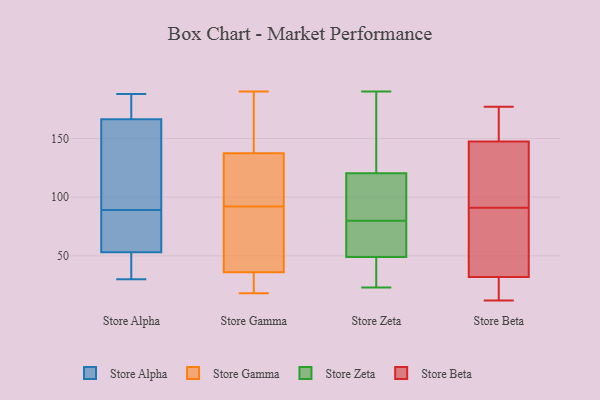
{"axis": {"x": "Humidity (%)", "y": "Value"}, "legend": ["Store Alpha", "Store Beta", "Store Gamma", "Store Zeta"], "data": [{"x": "", "y": 165, "type": "Store Alpha"}, {"x": "", "y": 64, "type": "Store Alpha"}, {"x": "", "y": 118, "type": "Store Alpha"}, {"x": "", "y": 188, "type": "Store Alpha"}, {"x": "", "y": 30, "type": "Store Alpha"}, {"x": "", "y": 187, "type": "Store Alpha"}, {"x": "", "y": 54, "type": "Store Alpha"}, {"x": "", "y": 90, "type": "Store Alpha"}, {"x": "", "y": 88, "type": "Store Alpha"}, {"x": "", "y": 168, "type": "Store Alpha"}, {"x": "", "y": 52, "type": "Store Alpha"}, {"x": "", "y": 44, "type": "Store Alpha"}, {"x": "", "y": 38, "type": "Store Gamma"}, {"x": "", "y": 111, "type": "Store Gamma"}, {"x": "", "y": 167, "type": "Store Gamma"}, {"x": "", "y": 109, "type": "Store Gamma"}, {"x": "", "y": 33, "type": "Store Gamma"}, {"x": "", "y": 190, "type": "Store Gamma"}, {"x": "", "y": 32, "type": "Store Gamma"}, {"x": "", "y": 36, "type": "Store Gamma"}, {"x": "", "y": 36, "type": "Store Gamma"}, {"x": "", "y": 140, "type": "Store Gamma"}, {"x": "", "y": 18, "type": "Store Gamma"}, {"x": "", "y": 124, "type": "Store Gamma"}, {"x": "", "y": 177, "type": "Store Gamma"}, {"x": "", "y": 83, "type": "Store Gamma"}, {"x": "", "y": 38, "type": "Store Gamma"}, {"x": "", "y": 150, "type": "Store Gamma"}, {"x": "", "y": 130, "type": "Store Gamma"}, {"x": "", "y": 92, "type": "Store Gamma"}, {"x": "", "y": 27, "type": "Store Gamma"}, {"x": "", "y": 23, "type": "Store Zeta"}, {"x": "", "y": 93, "type": "Store Zeta"}, {"x": "", "y": 70, "type": "Store Zeta"}, {"x": "", "y": 80, "type": "Store Zeta"}, {"x": "", "y": 87, "type": "Store Zeta"}, {"x": "", "y": 43, "type": "Store Zeta"}, {"x": "", "y": 64, "type": "Store Zeta"}, {"x": "", "y": 41, "type": "Store Zeta"}, {"x": "", "y": 190, "type": "Store Zeta"}, {"x": "", "y": 98, "type": "Store Zeta"}, {"x": "", "y": 101, "type": "Store Zeta"}, {"x": "", "y": 55, "type": "Store Zeta"}, {"x": "", "y": 80, "type": "Store Zeta"}, {"x": "", "y": 66, "type": "Store Zeta"}, {"x": "", "y": 170, "type": "Store Zeta"}, {"x": "", "y": 42, "type": "Store Zeta"}, {"x": "", "y": 165, "type": "Store Zeta"}, {"x": "", "y": 140, "type": "Store Zeta"}, {"x": "", "y": 35, "type": "Store Zeta"}, {"x": "", "y": 178, "type": "Store Zeta"}, {"x": "", "y": 12, "type": "Store Beta"}, {"x": "", "y": 53, "type": "Store Beta"}, {"x": "", "y": 91, "type": "Store Beta"}, {"x": "", "y": 148, "type": "Store Beta"}, {"x": "", "y": 25, "type": "Store Beta"}, {"x": "", "y": 83, "type": "Store Beta"}, {"x": "", "y": 177, "type": "Store Beta"}, {"x": "", "y": 129, "type": "Store Beta"}, {"x": "", "y": 174, "type": "Store Beta"}, {"x": "", "y": 146, "type": "Store Beta"}, {"x": "", "y": 18, "type": "Store Beta"}]}